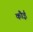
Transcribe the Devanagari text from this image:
कौई